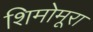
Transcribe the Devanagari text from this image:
शिमोमूरा